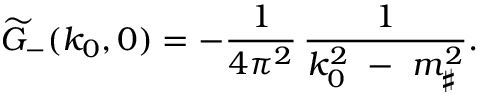
\widetilde { G } _ { - } ( k _ { 0 } , 0 ) = - { \frac { 1 } { 4 \pi ^ { 2 } } } \, { \frac { 1 } { k _ { 0 } ^ { 2 } \ - \ m _ { \sharp } ^ { 2 } } } .